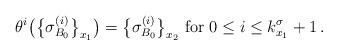
LaTeX: \begin{align*}\theta^i\big(\big\{\sigma^{(i)}_{B_0} \big\}_{x_1}\big)=\big\{\sigma^{(i)}_{B_0}\big\}_{x_2} \hbox{ for } 0\leq i\leq k_{x_1}^\sigma+1\,.\end{align*}